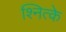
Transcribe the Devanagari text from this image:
श्नित्के